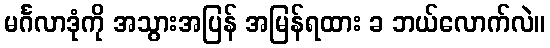
မင်္ဂလာဒုံကို အသွားအပြန် အမြန်ရထား ခ ဘယ်လောက်လဲ။